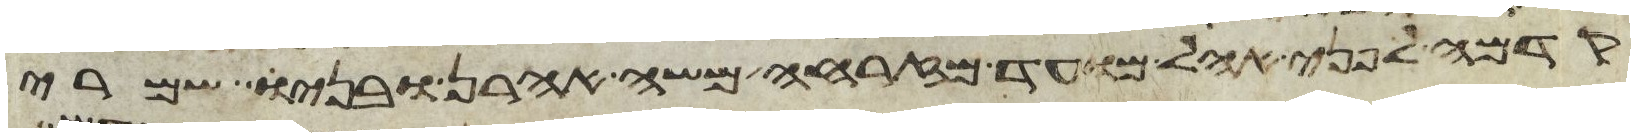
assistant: קדמה לפני אהל מועד מזרחה משה אהרן ובניו שמרי